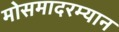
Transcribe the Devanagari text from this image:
मोसमादरम्यान